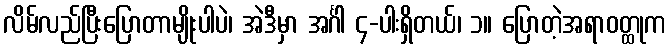
လိမ်လည်ပြီးပြောတာမျိုးပါပဲ၊ အဲဒီမှာ အင်္ဂါ ၄-ပါးရှိတယ်၊ ၁။ ပြောတဲ့အရာဝတ္ထုက